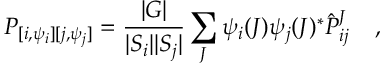
P _ { [ { i } , \psi _ { i } ] [ { j } , \psi _ { j } ] } = { \frac { | { \cal G } | } { | { \cal S } _ { i } | | { \cal S } _ { j } | } } \sum _ { J } \psi _ { i } ( J ) \psi _ { j } ( J ) ^ { * } \hat { P } _ { { i } { j } } ^ { J } \; \; \; \; ,